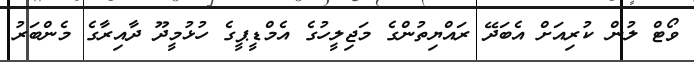
ވޯޓް ލުން ކުރިއަށް އެބަދޭ ރައްޔިތުންގެ މަޖިލީހުގެ އެމްޑީޕީގެ ހުޅުމީދޫ ދާއިރާގެ މެންބަރު